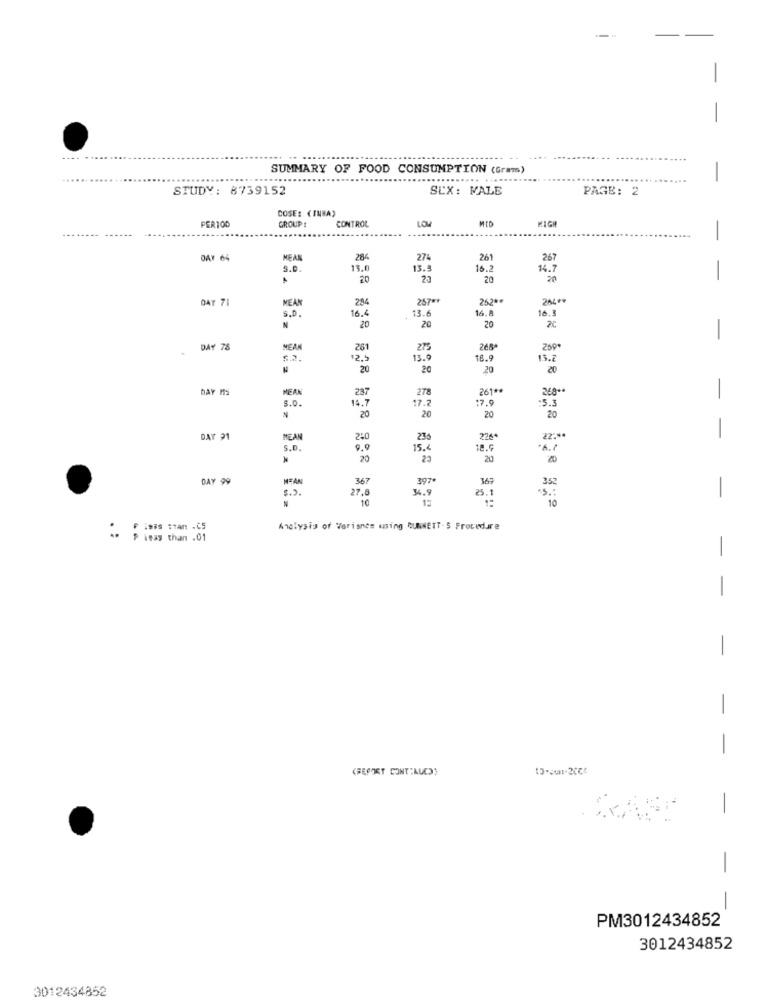
-
.... .......
SUMMARY OF FOOD CONSUMPTION (Grams)
..... .....
.....
STUDY: 8739152
SLX: MALE
PAGE: 2
COSE: (INNA)
PER100
GROUP !
LOW
MID
CONTROL
-
DAY 64
MEAN
284
274
261
267
13,0
13.
16.2
14.7
-
20
20
20
DAT 71
MEAN
284
257 **
26,20.
204 **
16.4
13.6
16.8
16.3
S.D.
N
20
20
20
-
DAY 78
MEAN
261
275
265*
259*
12.5
13.9
18.9
13.2
20
20
20
20
DAY MS
MEAN
287
278
261 **
268 **
S.0.
15.7
17.2
17.9
:5.3
-
20
20
20
20
-
DAY 31
MEAN
2:0
235
2264
22 :*
S.D.
9.9
15.
18.9
20
23
20
20
DAY 99
MEAN
367
397*
369
352
$.2.
27.8
34.9
25.
10
12
10
-
Analysis of Variants mning CUNNETT- 5 Procedure
itas than .01
-
-
-
-
(BEFORT CONT:AUC))
-
-
-
PM3012434852
3012434852
3012434852